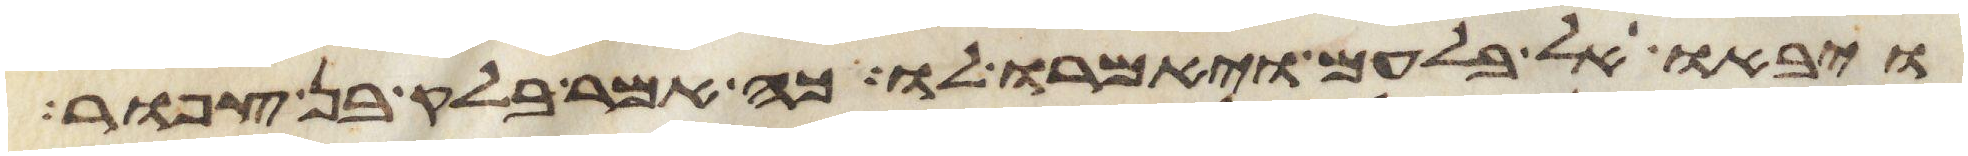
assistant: ויבאו אל בלעם ויאמרו לו כה אמר בלק בן צפור